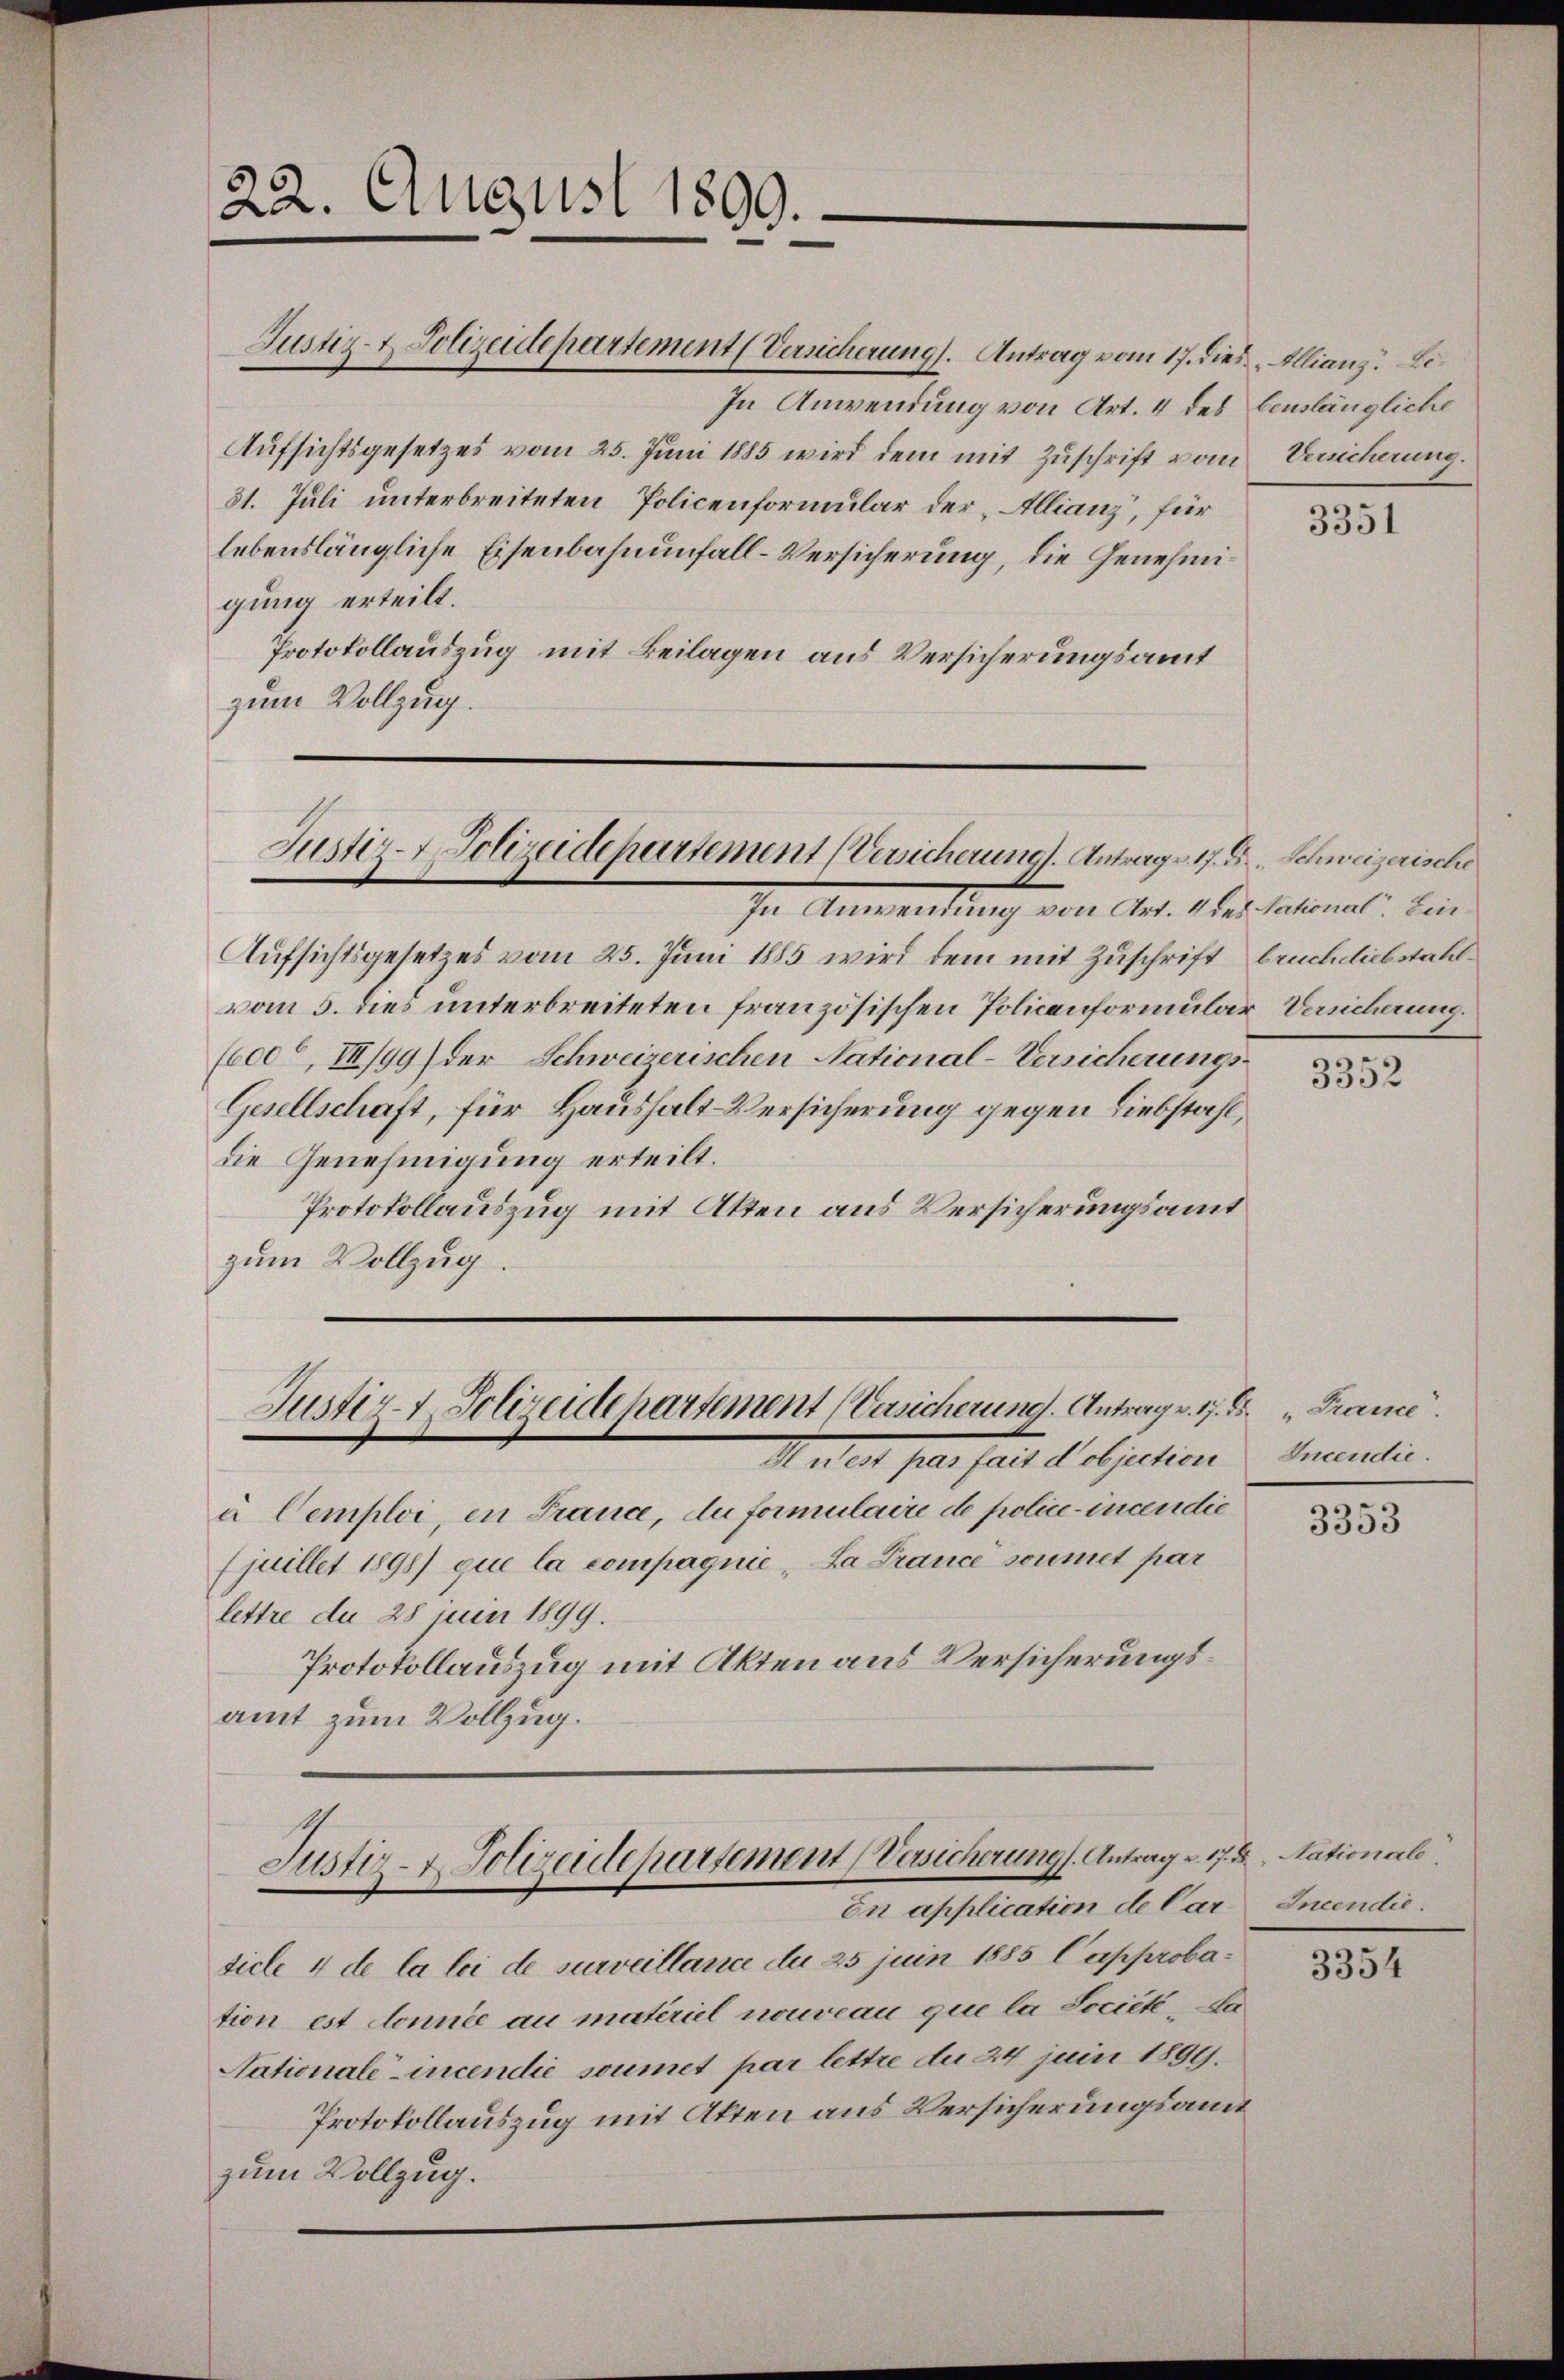
22. August 1899.

Justiz- & Polizeidepartement Versicherung). Antrag vom 17. dies Allianz. B.
In Anwendung von Art. 4 des benslängliche
Aufsichtsgesetzes vom 25. Juni 1885 wird dem mit Zuschrift vom
31. Juli unterbreiteten Policenformular der Allianz, für
lebenslängliche Eisenbahnunfall-Versicherung, die Genehmigung erteilt.
Protokollauszug mit Beilagen aus Versicherungsamt
zum Vollzug.

Justiz-Polizeidepartement (Versicherung. Antrag 17. d. Schweizerische

In Ausweisung von Art. 11. dation den
Aufsichtsgesetzes vom 25. Juni 1885 wird dem mit Zuschrift brüchdiebstallvom 5. dies unterbreiteten französischen Policenformular-Versicherung.
(600, III/99) der Schweizerischen National-Versicherungs-
Gesellschaft, für Haushalt-Versicherung gegen Liebstahl,
die Genehmigung erteilt.
Protokollauszug mit Akten aus Versicherungsamt
zum Vollzug.

Justiz- Polizeide hartement (Versicherung. Antrag v. 17. d. France.

Andert par seits d. bjection
u Cemploi, in Trance, du formulaire de police-incen die
(juillet 1898) que la compagnie „La Prance soumet par
lettre du 28 juin 1899.
Protokollauszug mit Akten aus Versicherungsamt zum Vollzug.
Justiz- & Polizeidepartement (Versicherungs Antrag v. 17. d. Nationale
on application de Car
ticle 4 de la loi de surveillance du 25 juin 1885 Capprobation est donnée au materiel nouveau que la Societe, da
Nationaleincendié soumet par lettre du 24 juin 1899.
Protokollauszug mit Akten aus Versicherungsamt
zum Vollzug.

Versicherung.

3351

3352

Incendie.

3353

Incendie.

3354